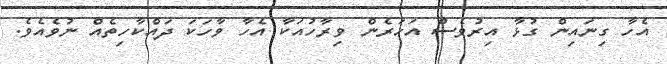
އެހާ ގިނައިން ގުޅާ އިރުވެސް އަހަރެން ވިރާހުއަކާ އެހާ ވާހަކަ ދައްކާހިތެއް ނުވެއެވެ.